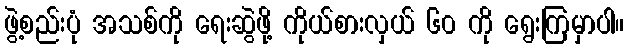
ဖွဲ့စည်းပုံ အသစ်ကို ရေးဆွဲဖို့ ကိုယ်စားလှယ် ၆၀ ကို ရွေးကြမှာပါ။